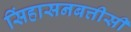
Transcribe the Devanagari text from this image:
सिंहासनबत्तीसी